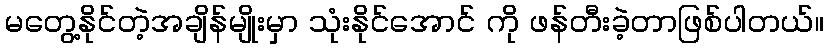
မတွေ့နိုင်တဲ့အချိန်မျိုးမှာ သုံးနိုင်အောင် ကို ဖန်တီးခဲ့တာဖြစ်ပါတယ်။